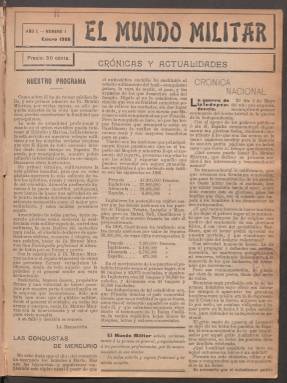
Título: El Mundo militar (Madrid. 1908)
Colección: Fuerzas armadas
Ámbito geográfico: Madrid
Lugar de publicación: Madrid
Fechas: 01/01/1908-01/05/1919

En los primeros 10 volúmenes están encuadernados los números de "El Mundo militar" seguidos de los números del suplemento “El Mundo militar. Crónicas y actualidades”. Estos se han identificado con su correspondiente fecha y número, y con la etiqueta “_esp1".

En el caso del último de esos volúmenes, el de 1917, las páginas del suplemento se encuentran todas juntas encuadernadas al final. Al no ser posible identificar a qué número corresponde cada una, se ha optado por agruparlas en un único archivo identificado con el año (1917) y la etiqueta "esp1".